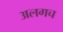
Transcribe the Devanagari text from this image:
अलगच